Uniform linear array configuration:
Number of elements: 24
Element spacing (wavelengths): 1
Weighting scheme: hamming
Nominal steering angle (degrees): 30
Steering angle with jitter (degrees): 30.52
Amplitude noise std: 0.05
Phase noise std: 0.05

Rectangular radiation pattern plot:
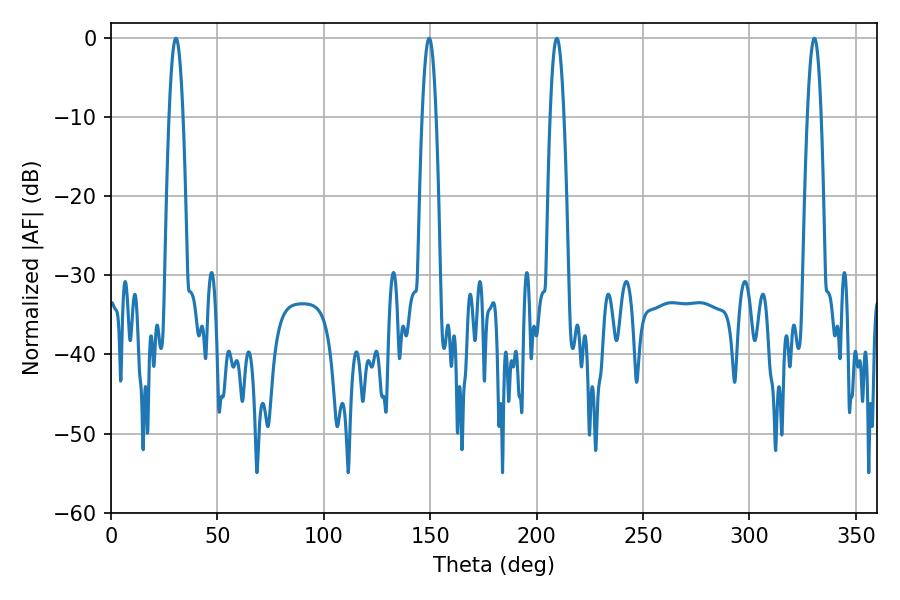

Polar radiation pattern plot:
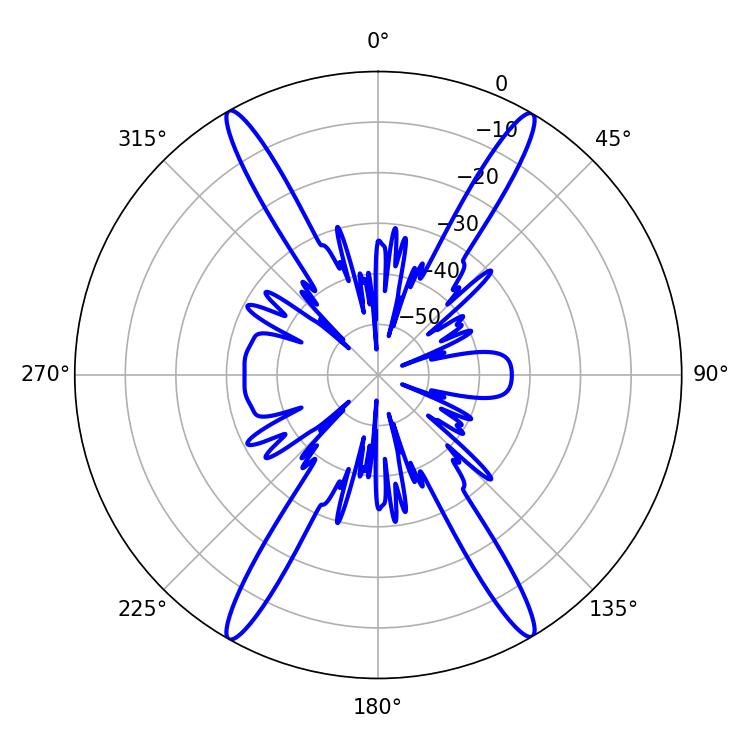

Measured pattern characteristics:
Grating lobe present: TRUE
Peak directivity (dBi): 29.013
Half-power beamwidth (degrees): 3.6
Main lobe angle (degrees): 209.52